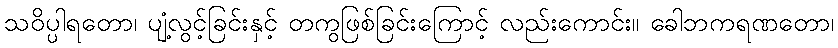
သဝိပ္ပါရတော၊ ပျံ့လွင့်ခြင်းနှင့် တကွဖြစ်ခြင်းကြောင့် လည်းကောင်း။ ခေါဘကရဏတော၊